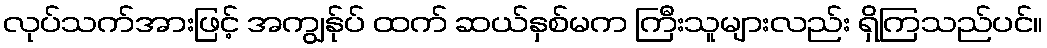
လုပ်သက်အားဖြင့် အကျွန်ုပ် ထက် ဆယ်နှစ်မက ကြီးသူများလည်း ရှိကြသည်ပင်။